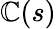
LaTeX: \mathbb{C}(s)